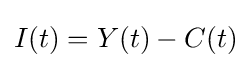
I(t)=Y(t)-C(t)